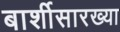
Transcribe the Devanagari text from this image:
बार्शीसारख्या